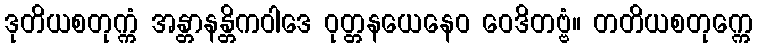
ဒုတိယစတုက္ကံ အန္တာနန္တိကဝါဒေ ဝုတ္တနယေနေဝ ဝေဒိတဗ္ဗံ။ တတိယစတုက္ကေ